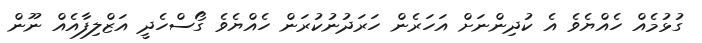
ގުޅުމެއް ހެއްޔެވެ އެ ކުދިންނަށް އަހަރެން ހަރަދުނުކުރަން ހެއްޔެވެ ގޯސްހެދީ އަޒްލިފާއެއް ނޫން